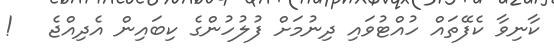
ކާނިވާ ކެފޭތައް ހުއްޓުވައި ދިނުމަށް ފުލުހުންގެ ކިބައިން އެދިއްޖެ   !